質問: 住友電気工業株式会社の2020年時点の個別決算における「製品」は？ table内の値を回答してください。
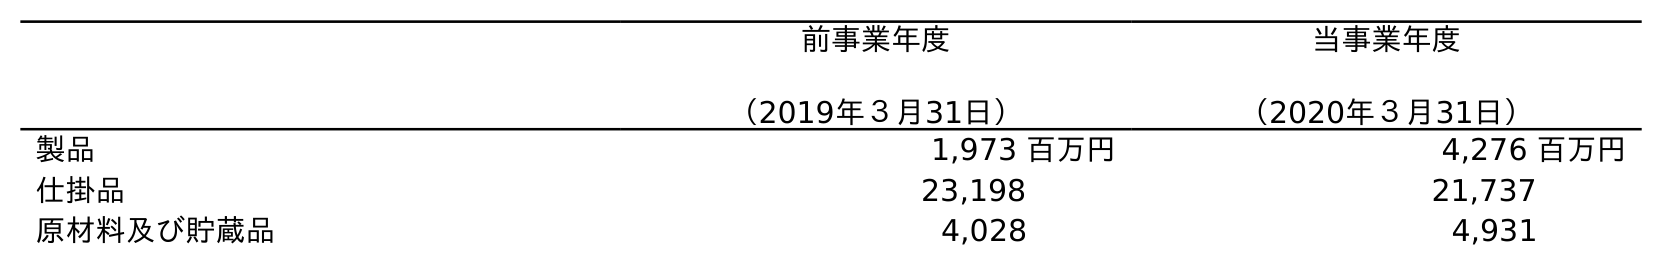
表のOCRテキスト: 前事業年度 （2019年３月31日） 当事業年度 （2020年３月31日） 製品 1,973 百万円 4,276 百万円 仕掛品 23,198 21,737 原材料及び貯蔵品 4,028 4,931
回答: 4,276百万円